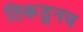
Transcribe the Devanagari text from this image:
तिकडूनच